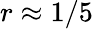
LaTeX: r\approx 1/5